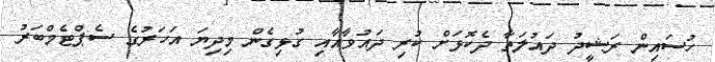
ހުސައިން ރަޝީދު ދައުލަތާ ދެކޮޅަށް ކުރި ދައުވާއާއި ގުޅިގެން މިދިޔަ އަހަރުގެ ސެޕްޓެމްބަރު